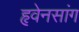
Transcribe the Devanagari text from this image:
हृवेनसांग